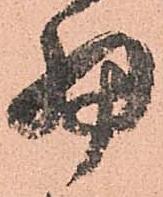
細